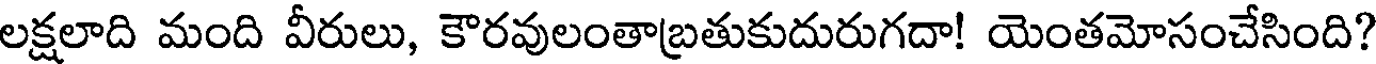
లక్షలాది మంది వీరులు, కౌరవులంతాబ్రతుకుదురుగదా! యెంతమోసంచేసింది?